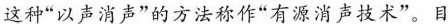
这种”以声消声”的方法称作”有源消声技术”。目